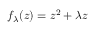
f _ { \lambda } ( z ) = z ^ { 2 } + \lambda z